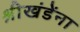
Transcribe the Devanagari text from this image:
श्रीखंडेंना